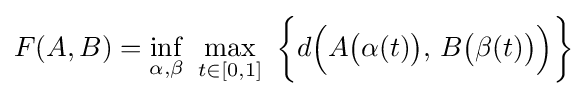
F(A,B)=\inf _{\alpha ,\beta }\,\,\max _{t\in [0,1]}\,\,{\biggl \{}d{\Bigl (}A{\bigl (}\alpha (t){\bigr )},\,B{\bigl (}\beta (t){\bigr )}{\Bigr )}{\biggr \}}